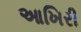
આખિરી